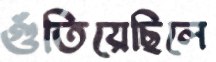
গুঁতিয়েছিলে